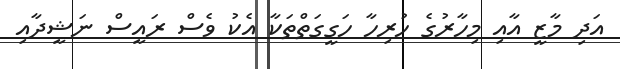
އަދި މާޒީ އާއި މިހާރުގެ ހުރިހާ ހަގީގަތްތަކާ އެކު ވެސް ރައީސް ނަޝީދާއި